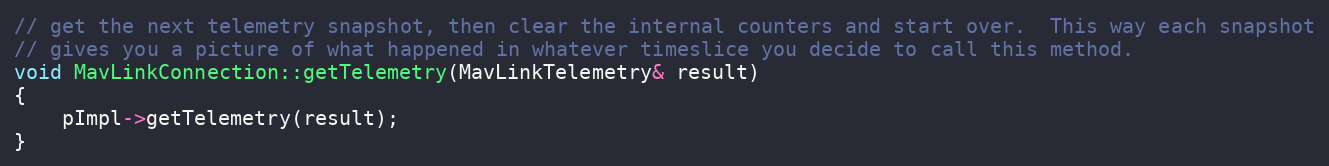
Language: C++
// get the next telemetry snapshot, then clear the internal counters and start over.  This way each snapshot
// gives you a picture of what happened in whatever timeslice you decide to call this method.
void MavLinkConnection::getTelemetry(MavLinkTelemetry& result)
{
    pImpl->getTelemetry(result);
}